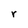
Character: r